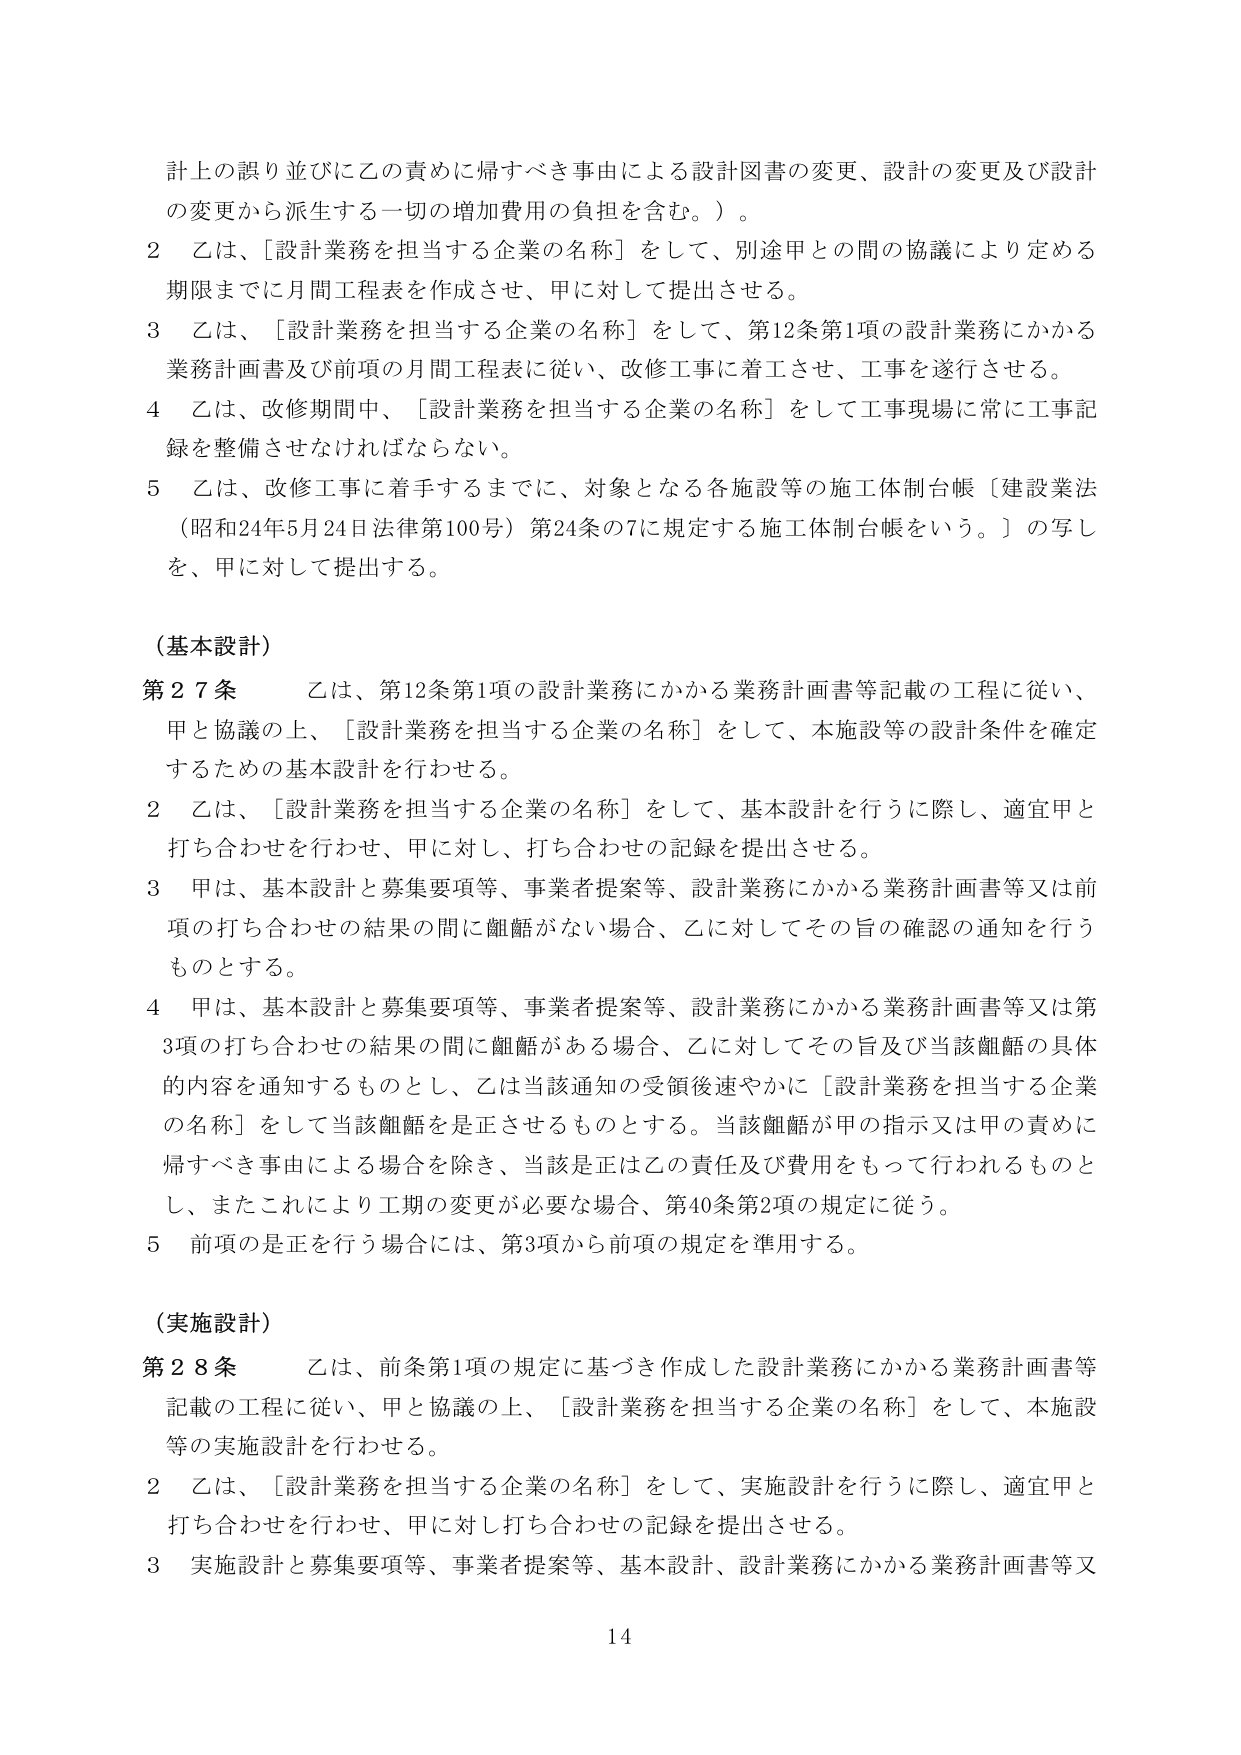
計上の誤り並びに乙の責めに帰すべき事由による設計図書の変更、設計の変更及び設計の変更から派生する一切の増加費用の負担を含む。）。

2 乙は、「設計業務を担当する企業の名称」をして、別途甲との間の協議により定める期限までに月間工程表を作成させ、甲に対して提出させる。

3 乙は、「設計業務を担当する企業の名称」をして、第12条第1項の設計業務にかかる業務計画書及び前項の月間工程表に従い、改修工事に着工させ、工事を遂行させる。

4 乙は、改修期間中、「設計業務を担当する企業の名称」をして工事現場に常に工事記録を整備させなければならない。

5 乙は、改修工事に着手するまでに、対象となる各施設等の施工体制台帳〔建設業法（昭和24年5月24日法律第100号）第24条の7に規定する施工体制台帳をいう。〕の写しを、甲に対して提出する。

（基本設計）

第27条 乙は、第12条第1項の設計業務にかかる業務計画書等記載の工程に従い、甲と協議の上、「設計業務を担当する企業の名称」をして、本施設等の設計条件を確定するための基本設計を行わせる。

2 乙は、「設計業務を担当する企業の名称」をして、基本設計を行うに際し、適宜甲と打ち合わせを行わせ、甲に対し、打ち合わせの記録を提出させる。

3 甲は、基本設計と募集要項等、事業者提案等、設計業務にかかる業務計画書等又は前項の打ち合わせの結果の間に齟齬がない場合、乙に対してその旨の確認の通知を行うものとする。

4 甲は、基本設計と募集要項等、事業者提案等、設計業務にかかる業務計画書等又は第3項の打ち合わせの結果の間に齟齬がある場合、乙に対してその旨及び当該齟齬の具体的な内容を通知するものとし、乙は当該通知の受領後速やかに「設計業務を担当する企業の名称」をして当該齟齬を是正させるものとする。当該齟齬が甲の指示又は甲の責めに帰すべき事由による場合を除き、当該是正は乙の責任及び費用をもって行われるものとし、またこれにより工期の変更が必要な場合、第40条第2項の規定に従う。

5 前項の是正を行う場合には、第3項から前項の規定を準用する。

（実施設計）

第28条 乙は、前条第1項の規定に基づき作成した設計業務にかかる業務計画書等記載の工程に従い、甲と協議の上、「設計業務を担当する企業の名称」をして、本施設等の実施設計を行わせる。

2 乙は、「設計業務を担当する企業の名称」をして、実施設計を行うに際し、適宜甲と打ち合わせを行わせ、甲に対し打ち合わせの記録を提出させる。

3 実施設計と募集要項等、事業者提案等、基本設計、設計業務にかかる業務計画書等又

14